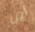
أين